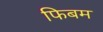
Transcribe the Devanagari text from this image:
फिबम